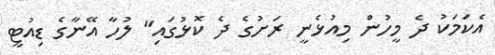
އެކަމަކު ދެ މީހުން މިއުޅެނީ ރަށުގެ ދެ ކޮޅުގައި" ލުހާ އޭނާގެ ޑިއުޓީ